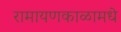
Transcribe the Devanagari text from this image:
रामायणकाळामधे